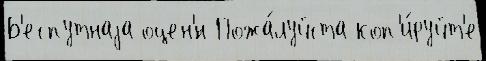
Б'еспутнаjа оцен'́н Пожа́луйста коп'и́руйт'е